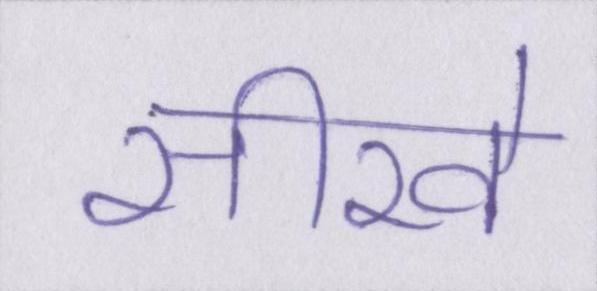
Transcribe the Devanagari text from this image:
सीखे